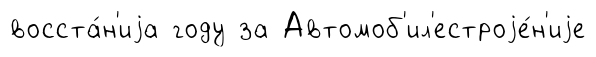
восста́н'иjа году за Автомоб'ил'естроjе́н'иjе